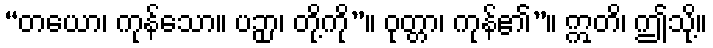
“တယော၊ ကုန်သော။ ပဉှာ၊ တို့ကို”။ ဝုတ္တာ၊ ကုန်၏”။ ဣတိ၊ ဤသို့။